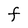
Character: F